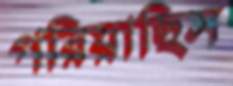
পরিয়াছিস